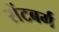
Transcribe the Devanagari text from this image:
सेंटबर्ग